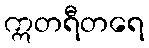
ဣတရီတရေ